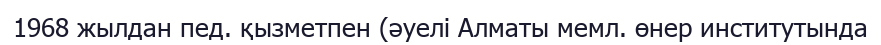
1968 жылдан пед. қызметпен (әуелі Алматы мемл. өнер инcтитутында